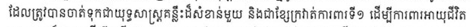
ដែលត្រូវបានចាត់ទុកជាយុទ្ធសាស្រ្តគន្លឹះដ៏សំខាន់មួយ និងជាខ្សែក្រវ៉ាត់ការពារទី១ ដើម្បីការពារអាយុជីវិត